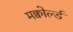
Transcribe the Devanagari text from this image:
मक्वोर्ल्ड